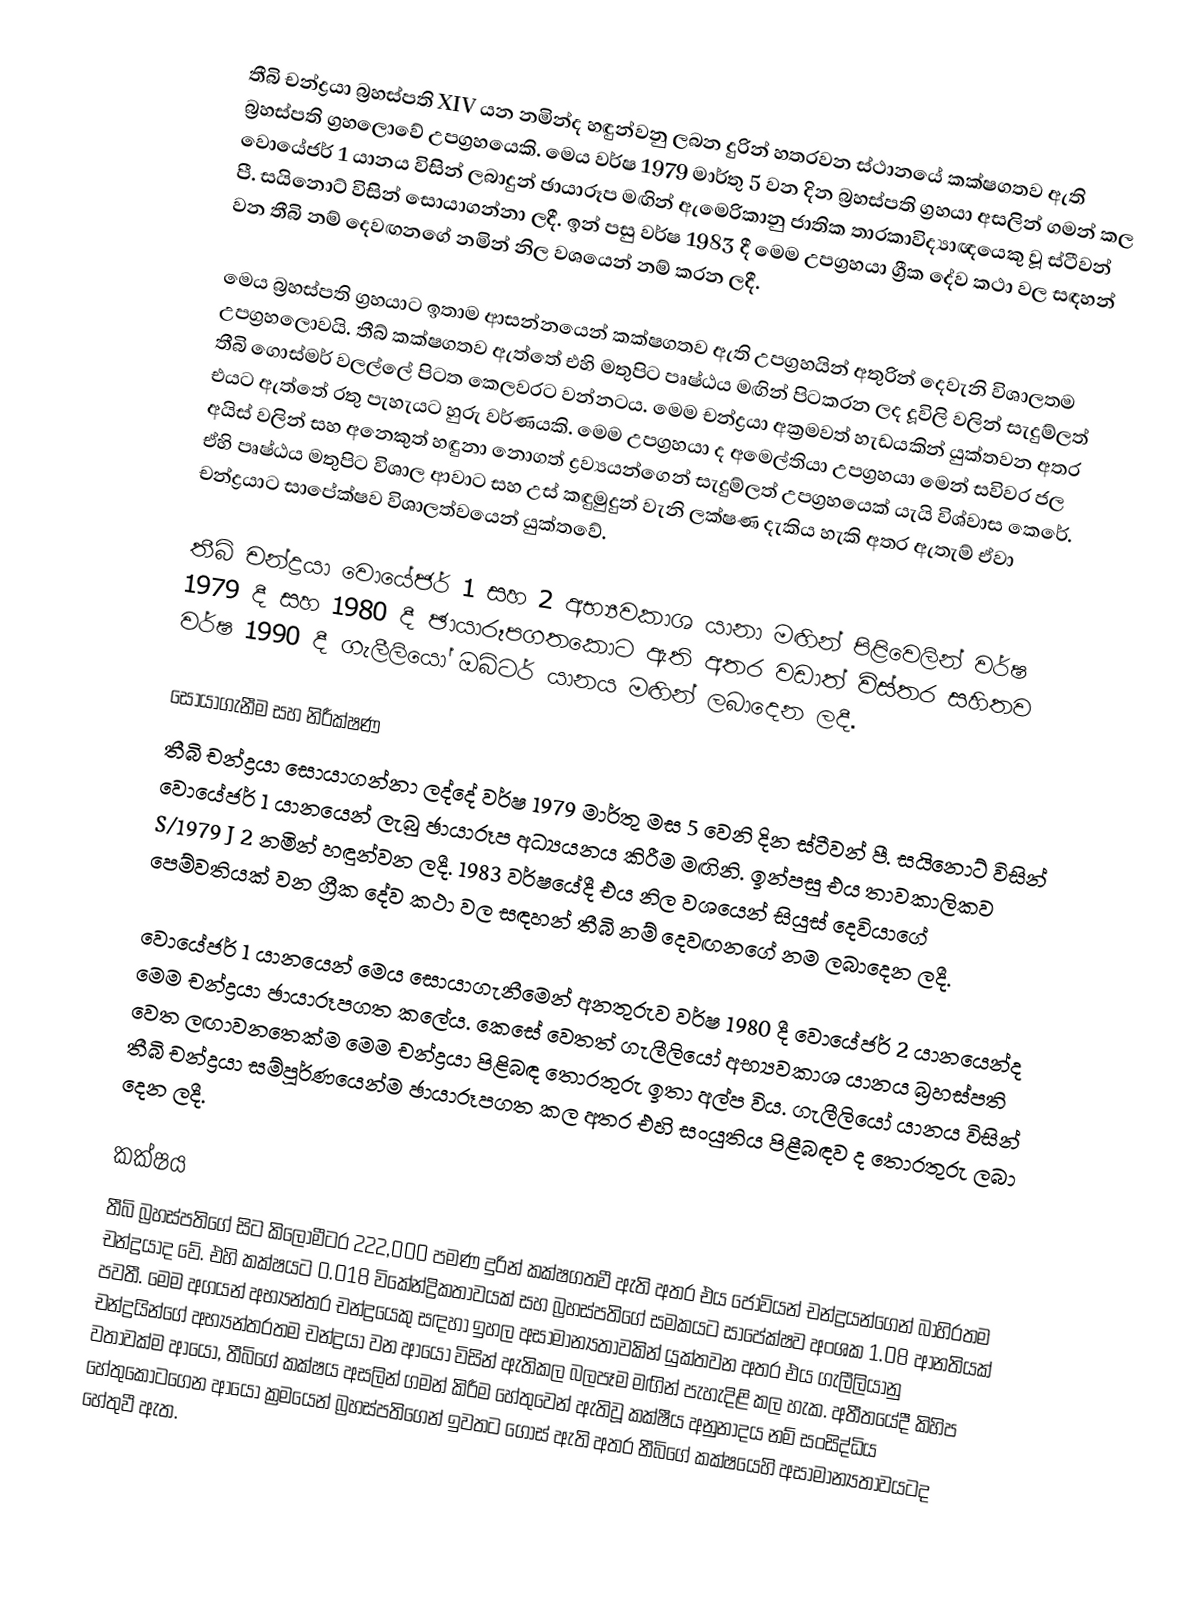
තීබි චන්ද්‍රයා බ්‍රහස්පති XIV යන නමින්ද හඳුන්වනු ලබන දුරින් හතරවන ස්ථානයේ කක්ෂගතව ඇති බ්‍රහස්පති ග්‍රහලොවේ උපග්‍රහයෙකි. මෙය වර්ෂ 1979 මාර්තු 5 වන දින බ්‍රහස්පති ග්‍රහයා අසලින් ගමන් කල වොයේජර් 1 යානය විසින් ලබාදුන් ඡායාරූප මඟින් ඇමෙරිකානු ජාතික තාරකාවිද්‍යාඥයෙකු වූ ස්ටීවන් පී. සයිනොට් විසින් සොයාගන්නා ලදී. ඉන් පසු වර්ෂ 1983 දී මෙම උපග්‍රහයා ග්‍රීක දේව කථා වල සඳහන් වන තීබි නම් දෙවඟනගේ නමින් නිල වශයෙන් නම් කරන ලදී.

මෙය බ්‍රහස්පති ග්‍රහයාට ඉතාම  ආසන්නයෙන් කක්ෂගතව ඇති උපග්‍රහයින් අතුරින් දෙවැනි විශාලතම උපග්‍රහලොවයි. තීබ් කක්ෂගතව ඇත්තේ එහි මතුපිට පෘෂ්ඨය මඟින් පිටකරන ලද දූවිලි වලින් සැදුම්ලත් තීබි ගොස්මර් වලල්ලේ පිටත කෙලවරට වන්නටය. මෙම චන්ද්‍රයා අක්‍රමවත් හැඩයකින් යුක්තවන අතර එයට ඇත්තේ රතු පැහැයට හුරු වර්ණයකි.  මෙම උපග්‍රහයා ද අමෙල්තියා උපග්‍රහයා මෙන් සවිවර ජල අයිස් වලින් සහ අනෙකුත් හඳුනා නොගත් ද්‍රව්‍යයන්ගෙන් සැදුම්ලත් උපග්‍රහයෙක් යැයි විශ්වාස කෙරේ. ඒහි පෘෂ්ඨය මතුපිට විශාල ආවාට සහ උස් කඳුමුදුන් වැනි ලක්ෂණ දැකිය හැකි අතර ඇතැම් ඒවා චන්ද්‍රයාට සාපේක්ෂව විශාලත්වයෙන් යුක්තවේ.

තීබි චන්ද්‍රයා වොයේජර් 1 සහ 2 අභ්‍යවකාශ යානා මඟින් පිළිවෙලින් වර්ෂ 1979 දී සහ 1980 දී ඡායාරූපගතකොට ඇති අතර වඩාත් විස්තර සහිතව වර්ෂ 1990 දී ගැලීලියෝ ඔබිටර් යානය මඟින් ලබාදෙන ලදී.

සොයාගැනීම සහ නිරීක්ෂණ
තීබි චන්ද්‍රයා සොයාගන්නා ලද්දේ වර්ෂ 1979 මාර්තු මස 5 වෙනි දින ස්ටීවන් පී. සයිනොට් විසින් වොයේජර් 1 යානයෙන් ලැබු ඡායාරූප අධ්‍යයනය කිරීම මඟිනි. ඉන්පසු එය තාවකාලිකව S/1979 J 2 නමින් හඳුන්වන ලදී. 1983 වර්ෂයේදී එය නිල වශයෙන් සියුස් දෙවියාගේ පෙම්වතියක්  වන ග්‍රීක දේව කථා වල සඳහන්  තීබි නම් දෙවඟනගේ නම ලබාදෙන ලදී.

වොයේජර් 1 යානයෙන් මෙය සොයාගැනීමෙන් අනතුරුව වර්ෂ 1980 දී වොයේජර් 2 යානයෙන්ද මෙම චන්ද්‍රයා ඡායාරූපගත කලේය. කෙසේ වෙතත් ගැලීලියෝ අභ්‍යවකාශ යානය බ්‍රහස්පති වෙත ලඟාවනතෙක්ම මෙම චන්ද්‍රයා පිළිබඳ තොරතුරු ඉතා අල්ප විය. ගැලීලියෝ යානය විසින් තීබි චන්ද්‍රයා සම්පූර්ණයෙන්ම ඡායාරූපගත කල අතර එහි සංයුතිය පිළීබඳව ද තොරතුරු ලබා දෙන ලදී.

කක්ෂය
තීබි බ්‍රහස්පතිගේ සිට කිලෝමීටර 222,000 පමණ දුරින් කක්ෂගතවී ඇති අතර එය ජොවියන් චන්ද්‍රයන්ගෙන් බාහිරතම චන්ද්‍රයාද වේ. එහි කක්ෂයට 0.018 විකේන්ද්‍රිකතාවයක් සහ බ්‍රහස්පතිගේ සමකයට සාපේක්ෂව අංශක 1.08 ආනතියක් පවතී. මෙම අගයන් අභ්‍යන්තර චන්ද්‍රයෙකු සඳහා ඉහල අසාමාන්‍යතාවකින් යුක්තවන අතර එය ගැලීලියානු චන්ද්‍රයින්ගේ අභ්‍යන්තරතම චන්ද්‍රයා වන ආයෝ විසින් ඇතිකල බලපෑම මඟින් පැහැදිළි කල හැක. අතීතයේදී කිහිප වතාවක්ම ආයෝ, තීබිගේ කක්ෂය අසලින් ගමන් කිරීම හේතුවෙන් ඇතිවූ කක්ෂීය අනුනාදය නම් සංසිද්ධිය හේතුකොටගෙන ආයෝ ක්‍රමයෙන් බ්‍රහස්පතිගෙන් ඉවතට ගොස් ඇති අතර තීබිගේ කක්ෂයෙහි අසාමාන්‍යතාවයටද හේතුවී ඇත.